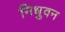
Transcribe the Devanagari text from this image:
निधुवन